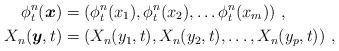
LaTeX: \begin{align*}\phi_{t}^{n}(\boldsymbol{x}) & =\left(\phi_{t}^{n}(x_{1}),\phi_{t}^{n}(x_{2}),\dots\phi_{t}^{n}(x_{m})\right)\,,\\X_{n}(\boldsymbol{y},t) & =\left(X_{n}(y_{1},t),X_{n}(y_{2},t),\dots,X_{n}(y_{p},t)\right)\,,\end{align*}